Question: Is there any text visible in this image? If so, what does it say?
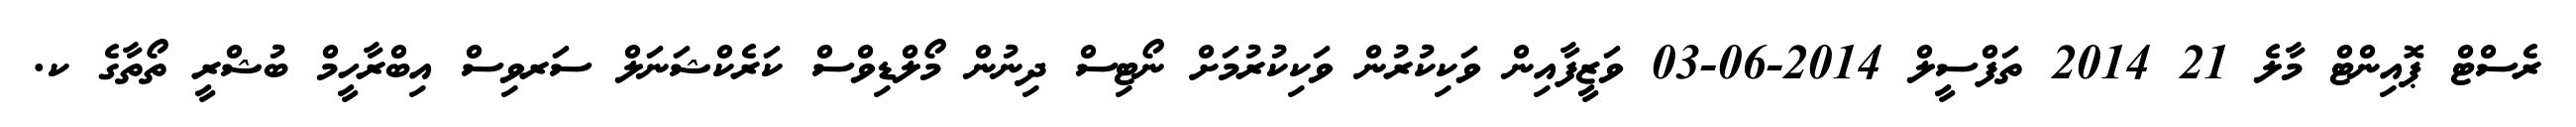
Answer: ރެސްޓް ޕޮއިންޓް މާލެ 21 2014 ތަފްސީލް 2014-06-03 ވަޒީފާއިން ވަކިކުރުން ވަކިކުރުމަށް ނޯޓިސް ދިނުން މޯލްޑިވްސް ކަރެކްޝަނަލް ސަރވިސް އިބްރާހީމް ބުޝްރީ ތޯތާގެ ކ.